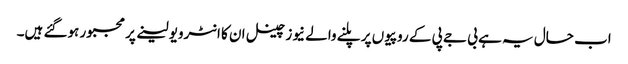
اب حال یہ ہے بی جے پی کے روپیوں پر پلنے والے نیوز چینل ان کا انٹرویو لینے پر مجبور ہوگئے ہیں۔